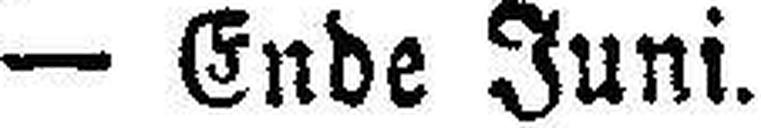
— Ende Juni.